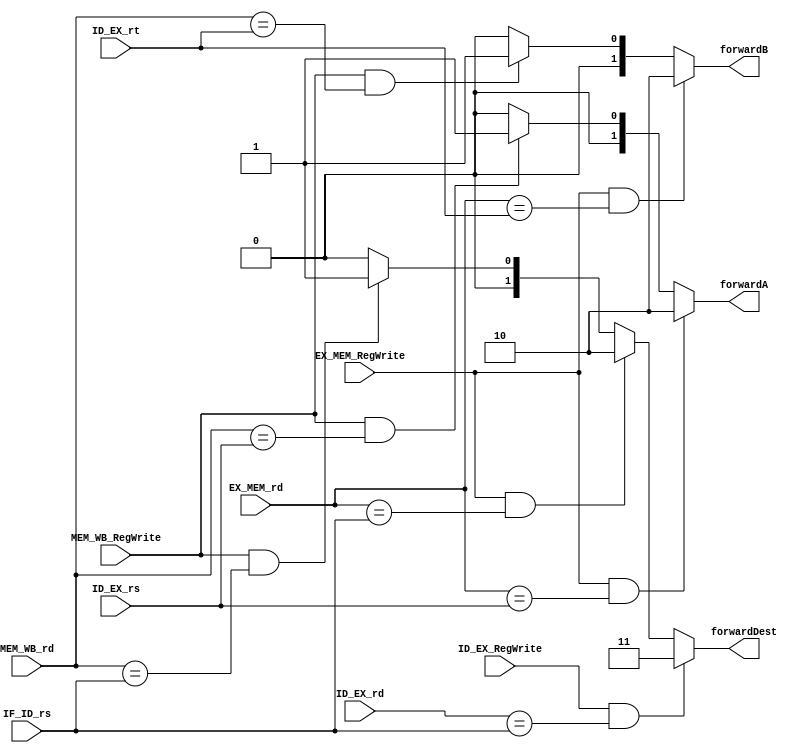


module Forwarding_unit(
    input wire [1:0] IF_ID_rs,
    input wire [1:0] ID_EX_rs,
    input wire [1:0] ID_EX_rt,
    input wire [1:0] ID_EX_rd,
    input wire [1:0] EX_MEM_rd,
    input wire [1:0] MEM_WB_rd,
    input wire ID_EX_RegWrite,
    input wire EX_MEM_RegWrite,
    input wire MEM_WB_RegWrite,
    output reg [1:0] forwardA,
    output reg [1:0] forwardB,
    output reg [1:0] forwardDest
);
    always @(*) begin
        if(EX_MEM_RegWrite && EX_MEM_rd == ID_EX_rs) forwardA = 2'b10;
        else if(MEM_WB_RegWrite && MEM_WB_rd == ID_EX_rs) forwardA = 2'b01;
        else forwardA=0;
        
        if(EX_MEM_RegWrite && EX_MEM_rd == ID_EX_rt) forwardB=2'b10;
        else if(MEM_WB_RegWrite && MEM_WB_rd == ID_EX_rt) forwardB = 2'b01;
        else forwardB=0;
        
        if(ID_EX_RegWrite && ID_EX_rd == IF_ID_rs) forwardDest = 2'b11;
        else if(EX_MEM_RegWrite && EX_MEM_rd == IF_ID_rs) forwardDest=2'b10;
        else if(MEM_WB_RegWrite && MEM_WB_rd == IF_ID_rs) forwardDest = 2'b01;
        else forwardDest=0;
    end        
    
endmodule